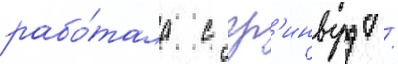
рабо́тала с гр'инвуд /